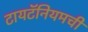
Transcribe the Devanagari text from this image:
टायटॅनियमची